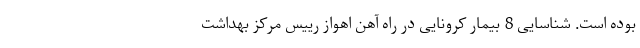
بوده است. شناسایی 8 بیمار کرونایی در راه آهن اهواز رییس مرکز بهداشت